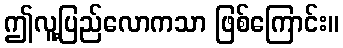
ဤလူ့ပြည်လောကသာ ဖြစ်ကြောင်း။